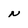
Character: N